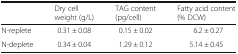
|  | Dry cell weight (g/L) | TAG content (pg/cell) | Fatty acid content (% DCW) |
 | --- | --- | --- | --- |
 | N-replete | 0.31 ± 0.08 | 0.15 ± 0.02 | 6.2 ± 0.27 |
 | N-deplete | 0.34 ± 0.04 | 1.29 ± 0.12 | 5.14 ± 0.45 |